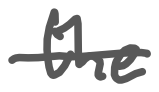
Text: the
Cross-out: single-line
Writing tool: digital_gray